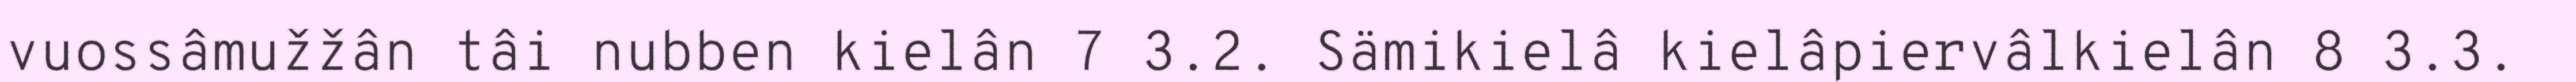
vuossâmužžân tâi nubben kielân 7 3.2. Sämikielâ kielâpiervâlkielân 8 3.3.